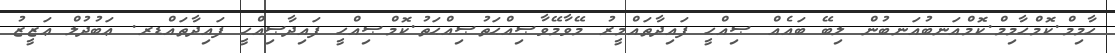
ހާމިމް.ކޮމްޙާމިމް.ކޮމްއަނބުއަނބުން ލިބޭ ބައެއް ޞިއްޙީ ފައިދާތައްމީރު މޭވާމޭވާޞިއްޙަތުޞިއްޙަތު.ކޮމްޞިއްޙީ ފައިދާޞިއްޙީ ފައިދާތައްޑރ. ޢަބުދުލް ޢަޒީޒު